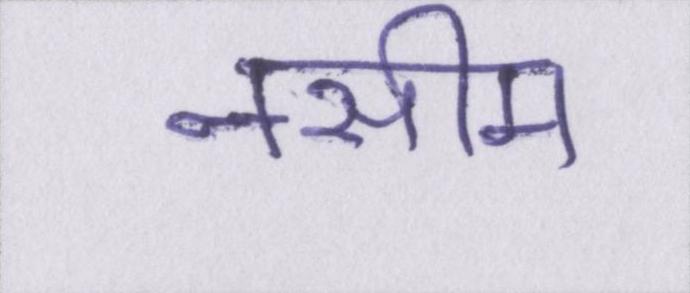
नसीम